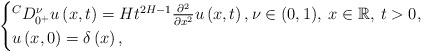
\begin{align*} \begin{cases} {}^C D^\nu_{0^+} u \left( x,t \right) = H t^{2H-1} \frac{\partial^2}{\partial x^2} u \left( x,t \right), \nu \in (0,1), \: x \in \mathbb{R}, \: t >0,\\ u \left( x,0 \right) = \delta \left( x \right), \end{cases} \end{align*}